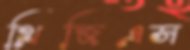
থ্রিজিএস